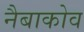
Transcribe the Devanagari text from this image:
नैबाकोव